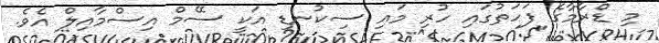
މި ޑްރާމާގެ ފަހަތުގައި ހުރި މައި ސިކުނޑި އަކީ ސޭމް އިސްމާއިލް އެވެ.